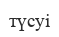
түсуі